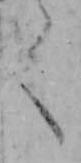
く